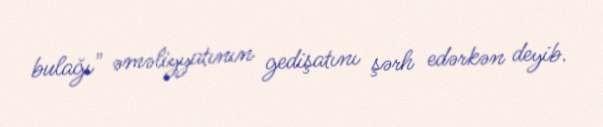
bulağı" əməliyyatının gedişatını şərh edərkən deyib.